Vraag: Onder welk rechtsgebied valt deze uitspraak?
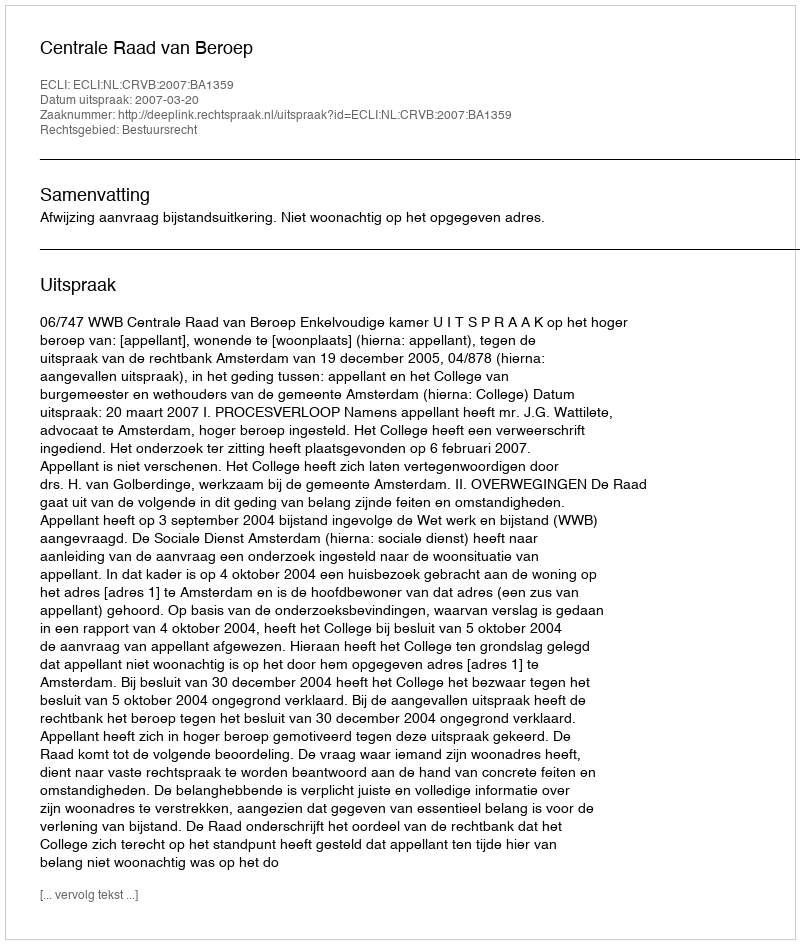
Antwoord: Bestuursrecht